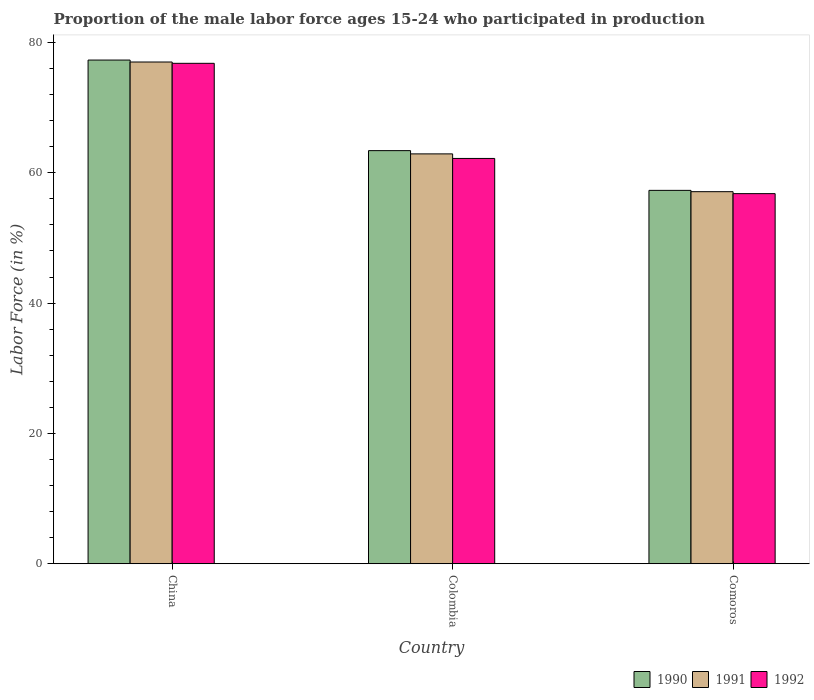
| Country | 1990 | 1991 | 1992 |
 | --- | --- | --- | --- |
 | China | 77.3 | 77 | 76.8 |
 | Colombia | 63.4 | 62.9 | 62.2 |
 | Comoros | 57.3 | 57.1 | 56.8 |